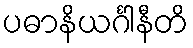
ပဓာနိယင်္ဂါနီတိ